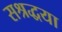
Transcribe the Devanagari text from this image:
सश्रद्धया